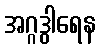
အဂ္ဂဒွါရေန